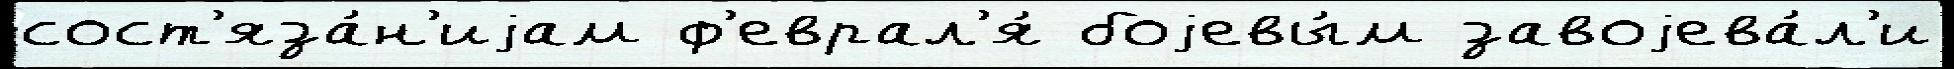
сост'яза́н'иjам ф'еврал'я́ боjевы́м завоjева́л'и